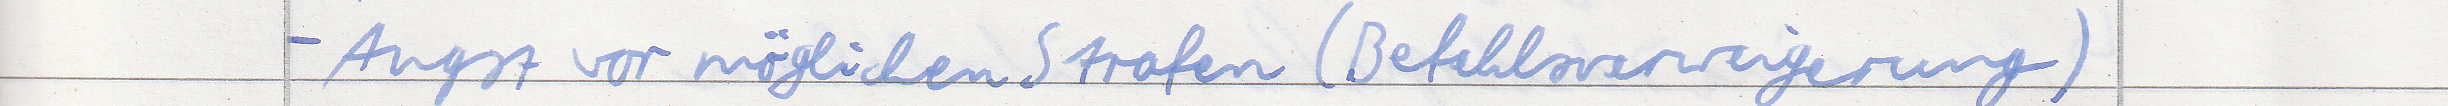
- Angst vor möglichen Strafen (Befehlsverweigerung)